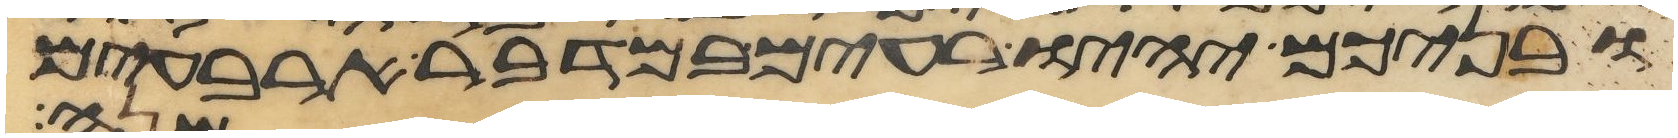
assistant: ובניכם יהיו רעים במדבר ארבעים